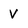
Character: V